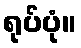
ရုပ်ပုံ။